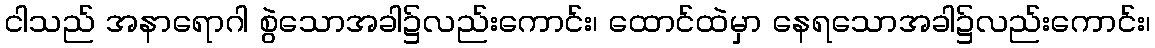
ငါသည် အနာရောဂါ စွဲသောအခါ၌လည်းကောင်း၊ ထောင်ထဲမှာ နေရသောအခါ၌လည်းကောင်း၊